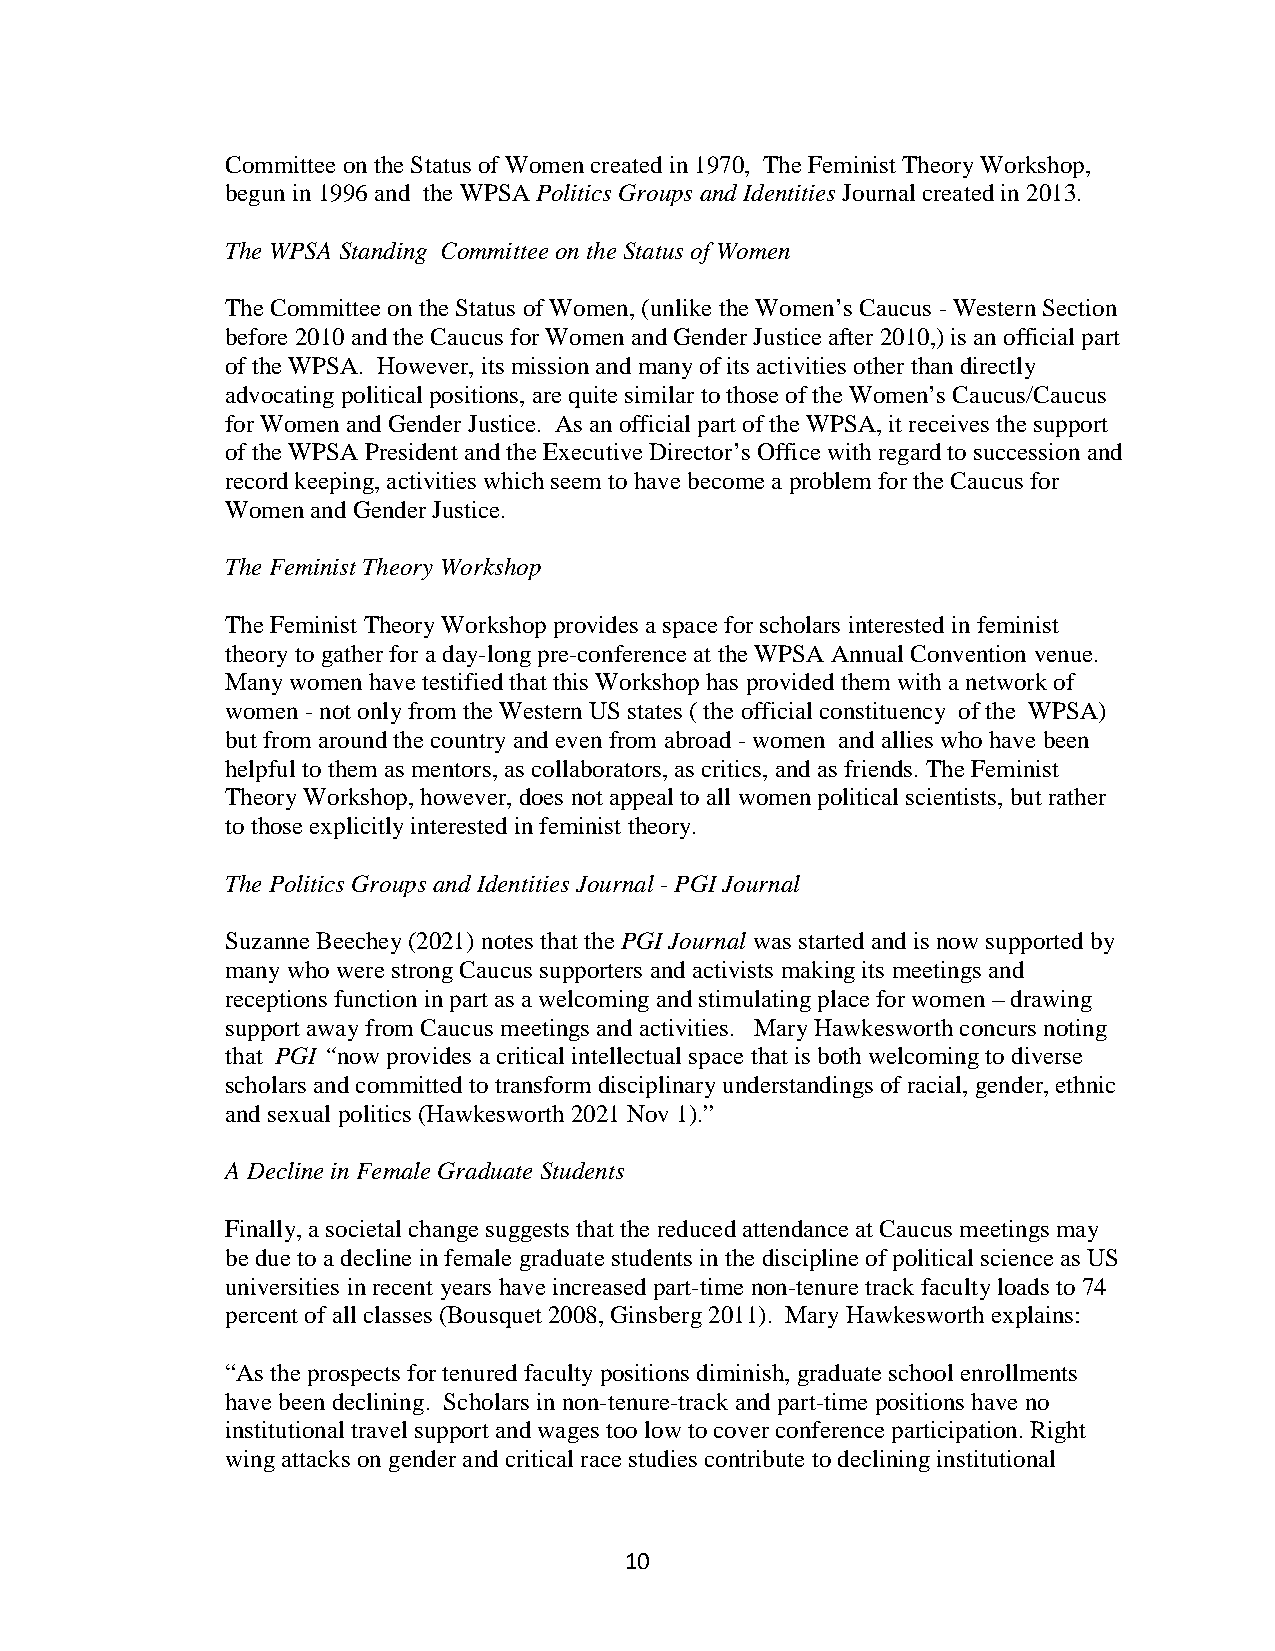
Committee on the Status of Women created in 1970, The Feminist Theory Workshop,
 begun in 1996 and the WPSA Politics Groups and Identities Journal created in 2013.
 The WPSA Standing Committee on the Status of Women
 The Committee on the Status of Women, (unlike the Women’s Caucus - Western Section
 before 2010 and the Caucus for Women and Gender Justice after 2010,) is an official part
 of the WPSA. However, its mission and many of its activities other than directly
 advocating political positions, are quite similar to those of the Women’s Caucus/Caucus
 for Women and Gender Justice. As an official part of the WPSA, it receives the support
 of the WPSA President and the Executive Director’s Office with regard to succession and
 record keeping, activities which seem to have become a problem for the Caucus for
 Women and Gender Justice.
 The Feminist Theory Workshop
 The Feminist Theory Workshop provides a space for scholars interested in feminist
 theory to gather for a day-long pre-conference at the WPSA Annual Convention venue.
 Many women have testified that this Workshop has provided them with a network of
 women - not only from the Western US states ( the official constituency of the WPSA)
 but from around the country and even from abroad - women and allies who have been
 helpful to them as mentors, as collaborators, as critics, and as friends. The Feminist
 Theory Workshop, however, does not appeal to all women political scientists, but rather
 to those explicitly interested in feminist theory.
 The Politics Groups and Identities Journal - PGI Journal
 Suzanne Beechey (2021) notes that the PGI Journal was started and is now supported by
 many who were strong Caucus supporters and activists making its meetings and
 receptions function in part as a welcoming and stimulating place for women – drawing
 support away from Caucus meetings and activities. Mary Hawkesworth concurs noting
 that PGI “now provides a critical intellectual space that is both welcoming to diverse
 scholars and committed to transform disciplinary understandings of racial, gender, ethnic
 and sexual politics (Hawkesworth 2021 Nov 1).”
 A Decline in Female Graduate Students
 Finally, a societal change suggests that the reduced attendance at Caucus meetings may
 be due to a decline in female graduate students in the discipline of political science as US
 universities in recent years have increased part-time non-tenure track faculty loads to 74
 percent of all classes (Bousquet 2008, Ginsberg 2011). Mary Hawkesworth explains:
 “As the prospects for tenured faculty positions diminish, graduate school enrollments
 have been declining. Scholars in non-tenure-track and part-time positions have no
 institutional travel support and wages too low to cover conference participation. Right
 wing attacks on gender and critical race studies contribute to declining institutional
 10